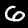
Label: 6